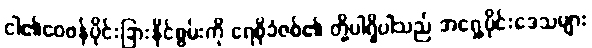
ငါ၏ဝေဖန်ပိုင်းခြားနိုင်စွမ်းကို ရေစိုခံဇစ်၏ တို့ပါရှိပါသည် အရှေ့ပိုင်းဒေသများ